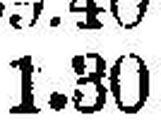
1.30